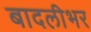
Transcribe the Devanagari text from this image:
बादलीभर